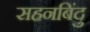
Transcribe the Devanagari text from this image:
सहनबिंदु